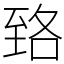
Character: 臵